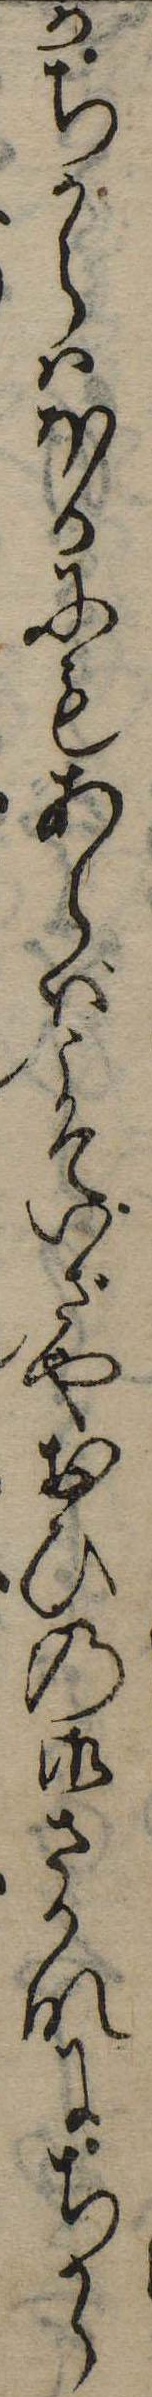
かちからはほかにもあらばこそいざやおひの御さかなにちから